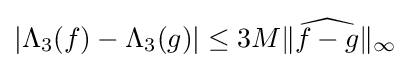
|\Lambda _{3}(f)-\Lambda _{3}(g)|\leq 3M\|{\widehat {f-g}}\|_{\infty }